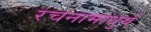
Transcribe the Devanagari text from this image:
रचनामाधुर्य